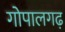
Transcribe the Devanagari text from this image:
गोपालगढ़